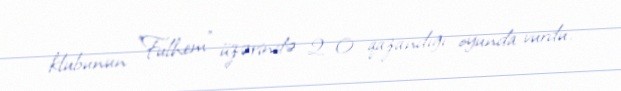
klubunun "Fulhem" üzərində 2–0 qazandığı oyunda vurdu.